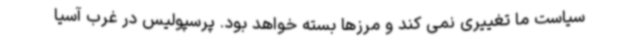
سیاست ما تغییری نمی کند و مرزها بسته خواهد بود. پرسپولیس در غرب آسیا